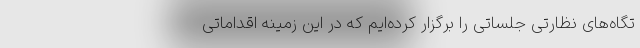
تگاه‌های نظارتی جلساتی را برگزار کرده‌ایم که در این زمینه اقداماتی